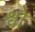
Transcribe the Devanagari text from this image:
श्वो